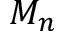
M _ { n }